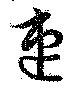
速